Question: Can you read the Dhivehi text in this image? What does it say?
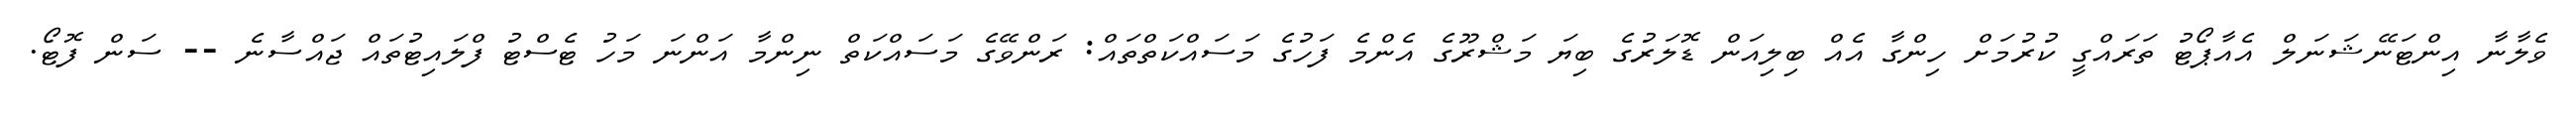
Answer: ވެލާނާ އިންޓަނޭޝަނަލް އެއާޕޯޓު ތަރައްގީ ކުރުމަށް ހިންގާ އެއް ބިލިއަން ޑޮލަރުގެ ބިޔަ މަޝްރޫގެ އެންމެ ފަހުގެ މަސައްކަތްތައް: ރަންވޭގެ މަސައްކަތް ނިންމާ އަންނަ މަހު ޓެސްޓު ފްލައިޓުތައް ޖައްސާނެ -- ސަން ފޮޓޯ.